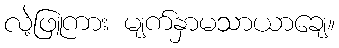
လဲ့ဖြူကား မျက်နှာမသာယာချေ။